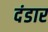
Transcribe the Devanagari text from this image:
दंडार